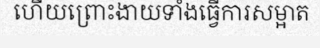
ហើយព្រោះងាយទាំងធ្វើការសម្អាត